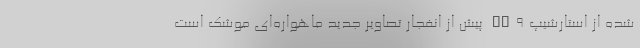
شده از استارشیپ SN۹ پیش از انفجار تصاویر جدید ماهواره‌ای موشک است